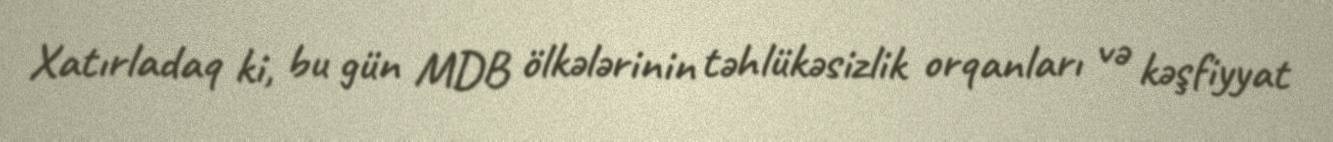
Xatırladaq ki, bu gün MDB ölkələrinin təhlükəsizlik orqanları və kəşfiyyat